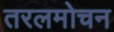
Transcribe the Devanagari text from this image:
तरलमोचन